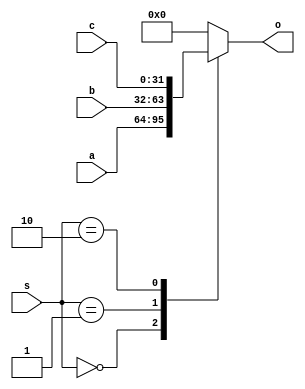
`timescale 1ns/100ps
module MUX3_32(a, b, c, s, o);

  input [31:0] a;
  input [31:0] b;
  input [31:0] c;
  input [1:0] s;
  
  output [31:0] o;
  
  reg [31:0] o;
  
  always@(*)begin
    case(s)
      2'b00:  o = a;
	  2'b01:  o = b;
      2'b10:  o = c;
	  default:o = 32'b0;
    endcase	
  end
  
endmodule